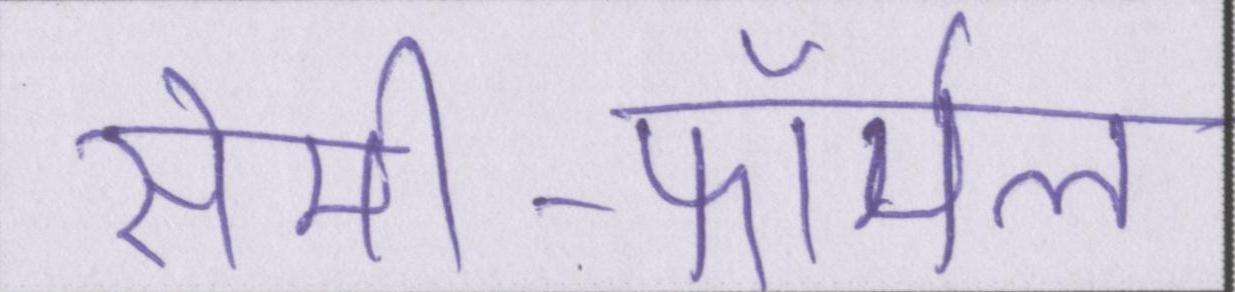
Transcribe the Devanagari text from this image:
सेमी-फॉर्मल